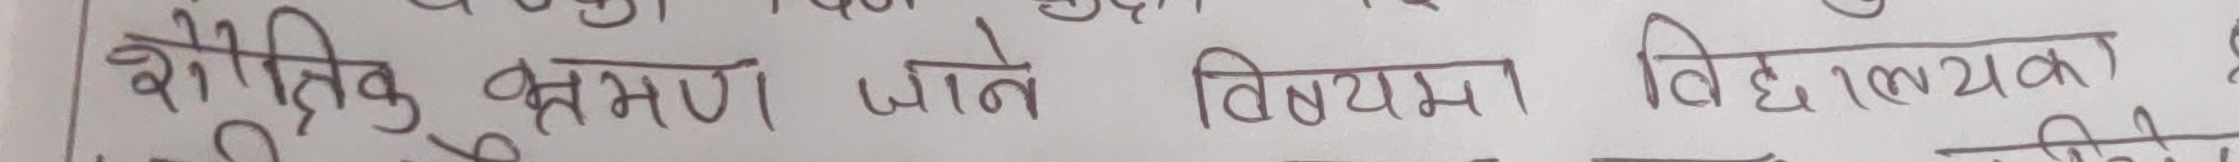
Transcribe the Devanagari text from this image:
बौद्धिक क्षमता जाच विनियम विद्यालय!